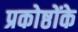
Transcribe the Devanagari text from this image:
प्रकोष्ठोंके